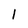
Character: I